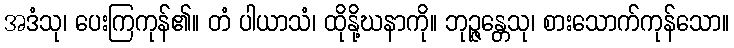
အဒံသု၊ ပေးကြကုန်၏။ တံ ပါယာသံ၊ ထိုနို့ဃနာကို။ ဘုဉ္ဇန္တေသု၊ စားသောက်ကုန်သော။